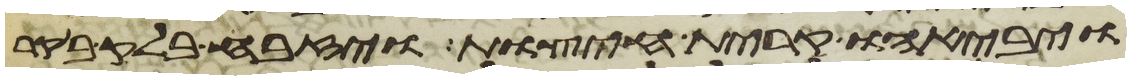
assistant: ויבאהו קרית חיצות ויזבח בלק בקר